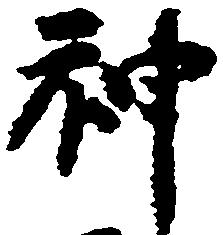
神